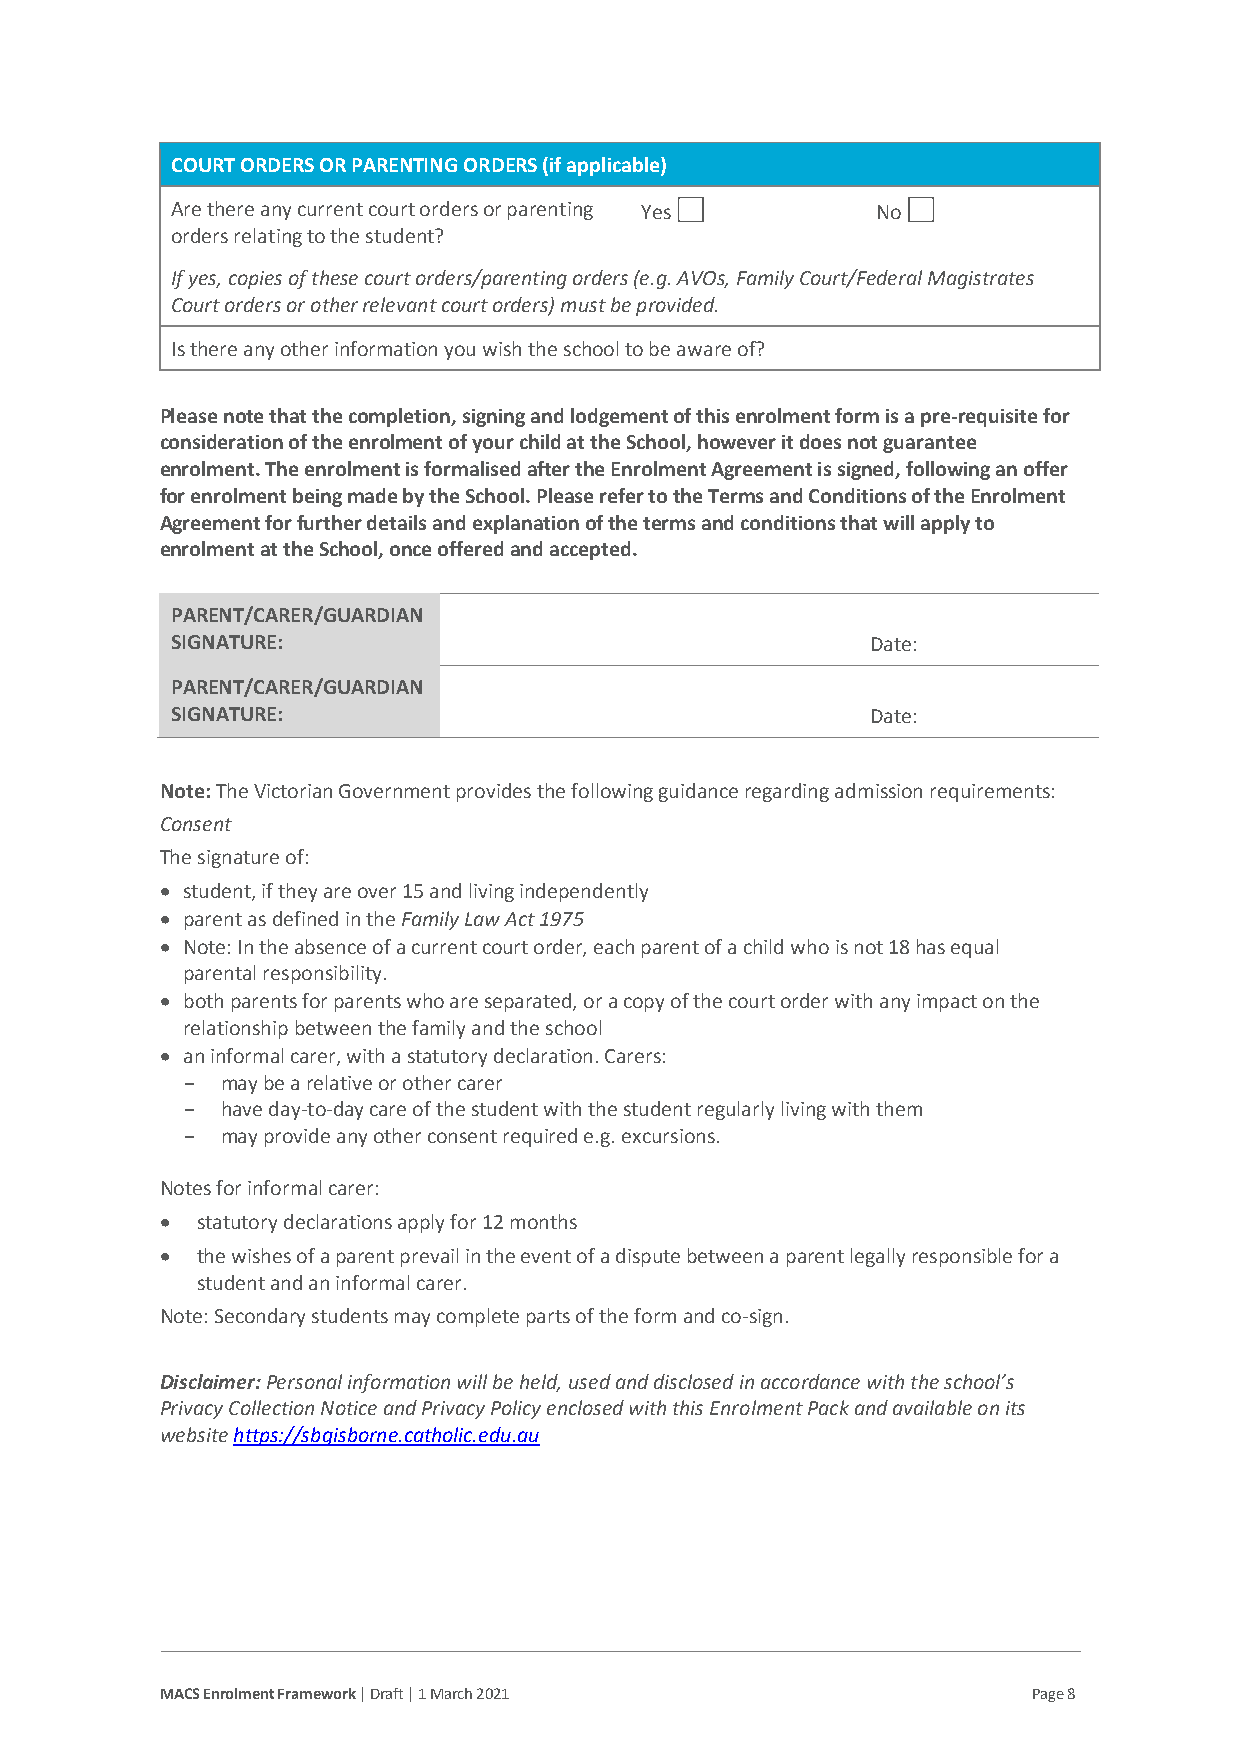
COURT ORDERS OR PARENTING ORDERS (if applicable)
 Are there any current court orders or parenting Yes No
 orders relating to the student?
 If yes, copies of these court orders/parenting orders (e.g. AVOs, Family Court/Federal Magistrates
 Court orders or other relevant court orders) must be provided.
 Is there any other information you wish the school to be aware of?
 Please note that the completion, signing and lodgement of this enrolment form is a pre-requisite for
 consideration of the enrolment of your child at the School, however it does not guarantee
 enrolment. The enrolment is formalised after the Enrolment Agreement is signed, following an offer
 for enrolment being made by the School. Please refer to the Terms and Conditions of the Enrolment
 Agreement for further details and explanation of the terms and conditions that will apply to
 enrolment at the School, once offered and accepted.
 PARENT/CARER/GUARDIAN
 SIGNATURE:                                     Date:
 PARENT/CARER/GUARDIAN
 SIGNATURE:                                     Date:
 Note: The Victorian Government provides the following guidance regarding admission requirements:
 Consent
 The signature of:
 • student, if they are over 15 and living independently
 • parent as defined in the Family Law Act 1975
 • Note: In the absence of a current court order, each parent of a child who is not 18 has equal
 parental responsibility.
 • both parents for parents who are separated, or a copy of the court order with any impact on the
 relationship between the family and the school
 • an informal carer, with a statutory declaration. Carers:
 -  may be a relative or other carer
 -  have day-to-day care of the student with the student regularly living with them
 -  may provide any other consent required e.g. excursions.
 Notes for informal carer:
 • statutory declarations apply for 12 months
 • the wishes of a parent prevail in the event of a dispute between a parent legally responsible for a
 student and an informal carer.
 Note: Secondary students may complete parts of the form and co-sign.
 Disclaimer: Personal information will be held, used and disclosed in accordance with the school’s
 Privacy Collection Notice and Privacy Policy enclosed with this Enrolment Pack and available on its
 website https://sbgisborne.catholic.edu.au
 MACS Enrolment Framework | Draft | 1 March 2021          Page 8